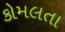
કોમલતા